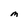
Character: M